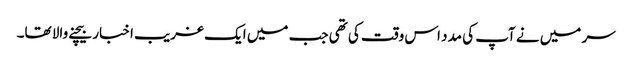
سر میں نے آپ کی مدد اس وقت کی تھی جب میں ایک غریب اخبار بیچنے والا تھا۔